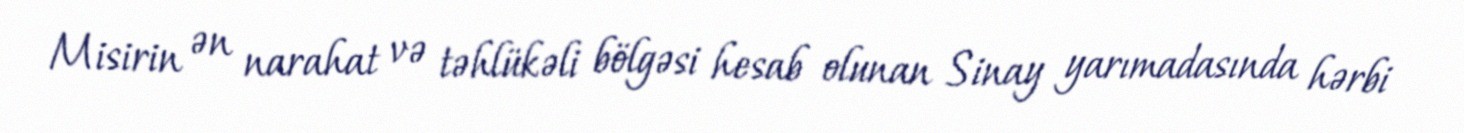
Misirin ən narahat və təhlükəli bölgəsi hesab olunan Sinay yarımadasında hərbi